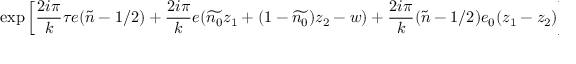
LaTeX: \mathrm { e x p } \left[ \frac { 2 i \pi } { k } \tau e ( \tilde { n } - 1 / 2 ) + \frac { 2 i \pi } { k } e ( \widetilde { n _ { 0 } } z _ { 1 } + ( 1 - \widetilde { n _ { 0 } } ) z _ { 2 } - w ) + \frac { 2 i \pi } { k } ( \tilde { n } - 1 / 2 ) e _ { 0 } ( z _ { 1 } - z _ { 2 } ) \right] d w